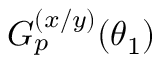
G _ { p } ^ { ( x / y ) } ( \theta _ { 1 } )